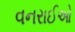
વનરાઈઓ